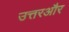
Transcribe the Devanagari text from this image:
उत्तरऔर